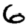
Digit: 6